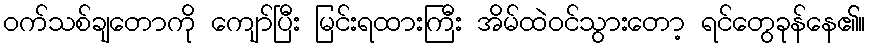
ဝက်သစ်ချတောကို ကျော်ပြီး မြင်းရထားကြီး အိမ်ထဲဝင်သွားတော့ ရင်တွေခုန်နေ၏။